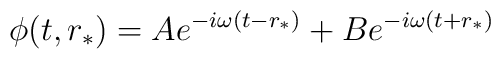
\phi(t,r_*) = A e^{-i\omega (t-r_*)}+Be^{-i\omega (t+r_*)}